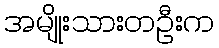
အမျိုးသားတဦးက